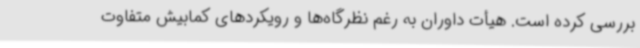
بررسی کرده است. هیأت داوران به رغم نظرگاه‌ها و رویکردهای کمابیش متفاوت